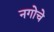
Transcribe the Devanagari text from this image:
नगोचे